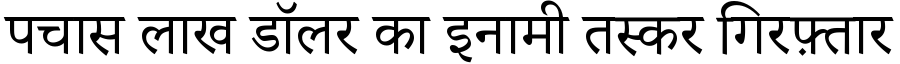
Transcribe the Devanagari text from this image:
पचास लाख डॉलर का इनामी तस्कर गिरफ़्तार